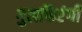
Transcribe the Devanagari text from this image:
गुलफिरंगी